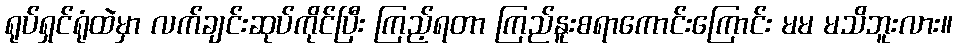
ရုပ်ရှင်ရုံထဲမှာ လက်ချင်းဆုပ်ကိုင်ပြီး ကြည့်ရတာ ကြည်နူးစရာကောင်းကြောင်း မမ မသိဘူးလား။